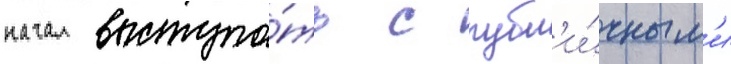
начал выступа́ть с публ'и́чным'и